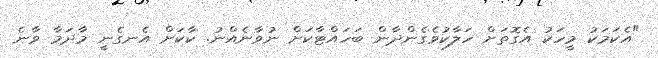
"އެކަމަކު މީހަކު އެގޮތަށް ހަލާކުވެގެންދާން ބަހައްޓާކަށް ނުވާނެއްނު. ކާކަށް އެނގެނީ މާދަމާ ވާނެ